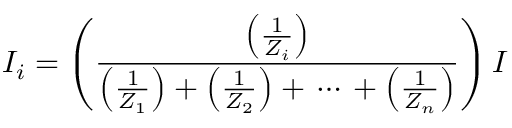
I _ { i } = \left( { \frac { \left( { \frac { 1 } { Z _ { i } } } \right) } { \left( { \frac { 1 } { Z _ { 1 } } } \right) + \left( { \frac { 1 } { Z _ { 2 } } } \right) + \, \cdots \, + \left( { \frac { 1 } { Z _ { n } } } \right) } } \right) I